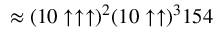
\approx ( 1 0 \uparrow \uparrow \uparrow ) ^ { 2 } ( 1 0 \uparrow \uparrow ) ^ { 3 } 1 5 4